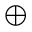
\oplus